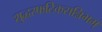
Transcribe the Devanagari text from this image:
शुद्धस्फटिकसन्निभम्